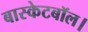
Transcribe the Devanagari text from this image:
बास्केटबॉल।